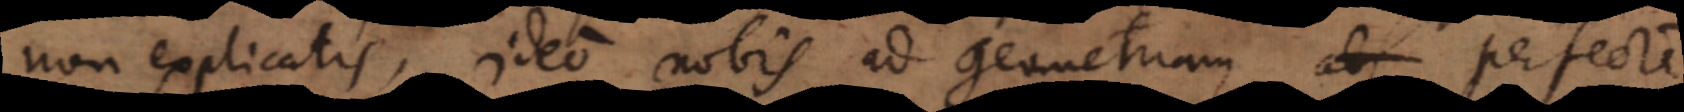
non explicatis, ideo nobis ad geometriam perfecte